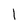
Character: l